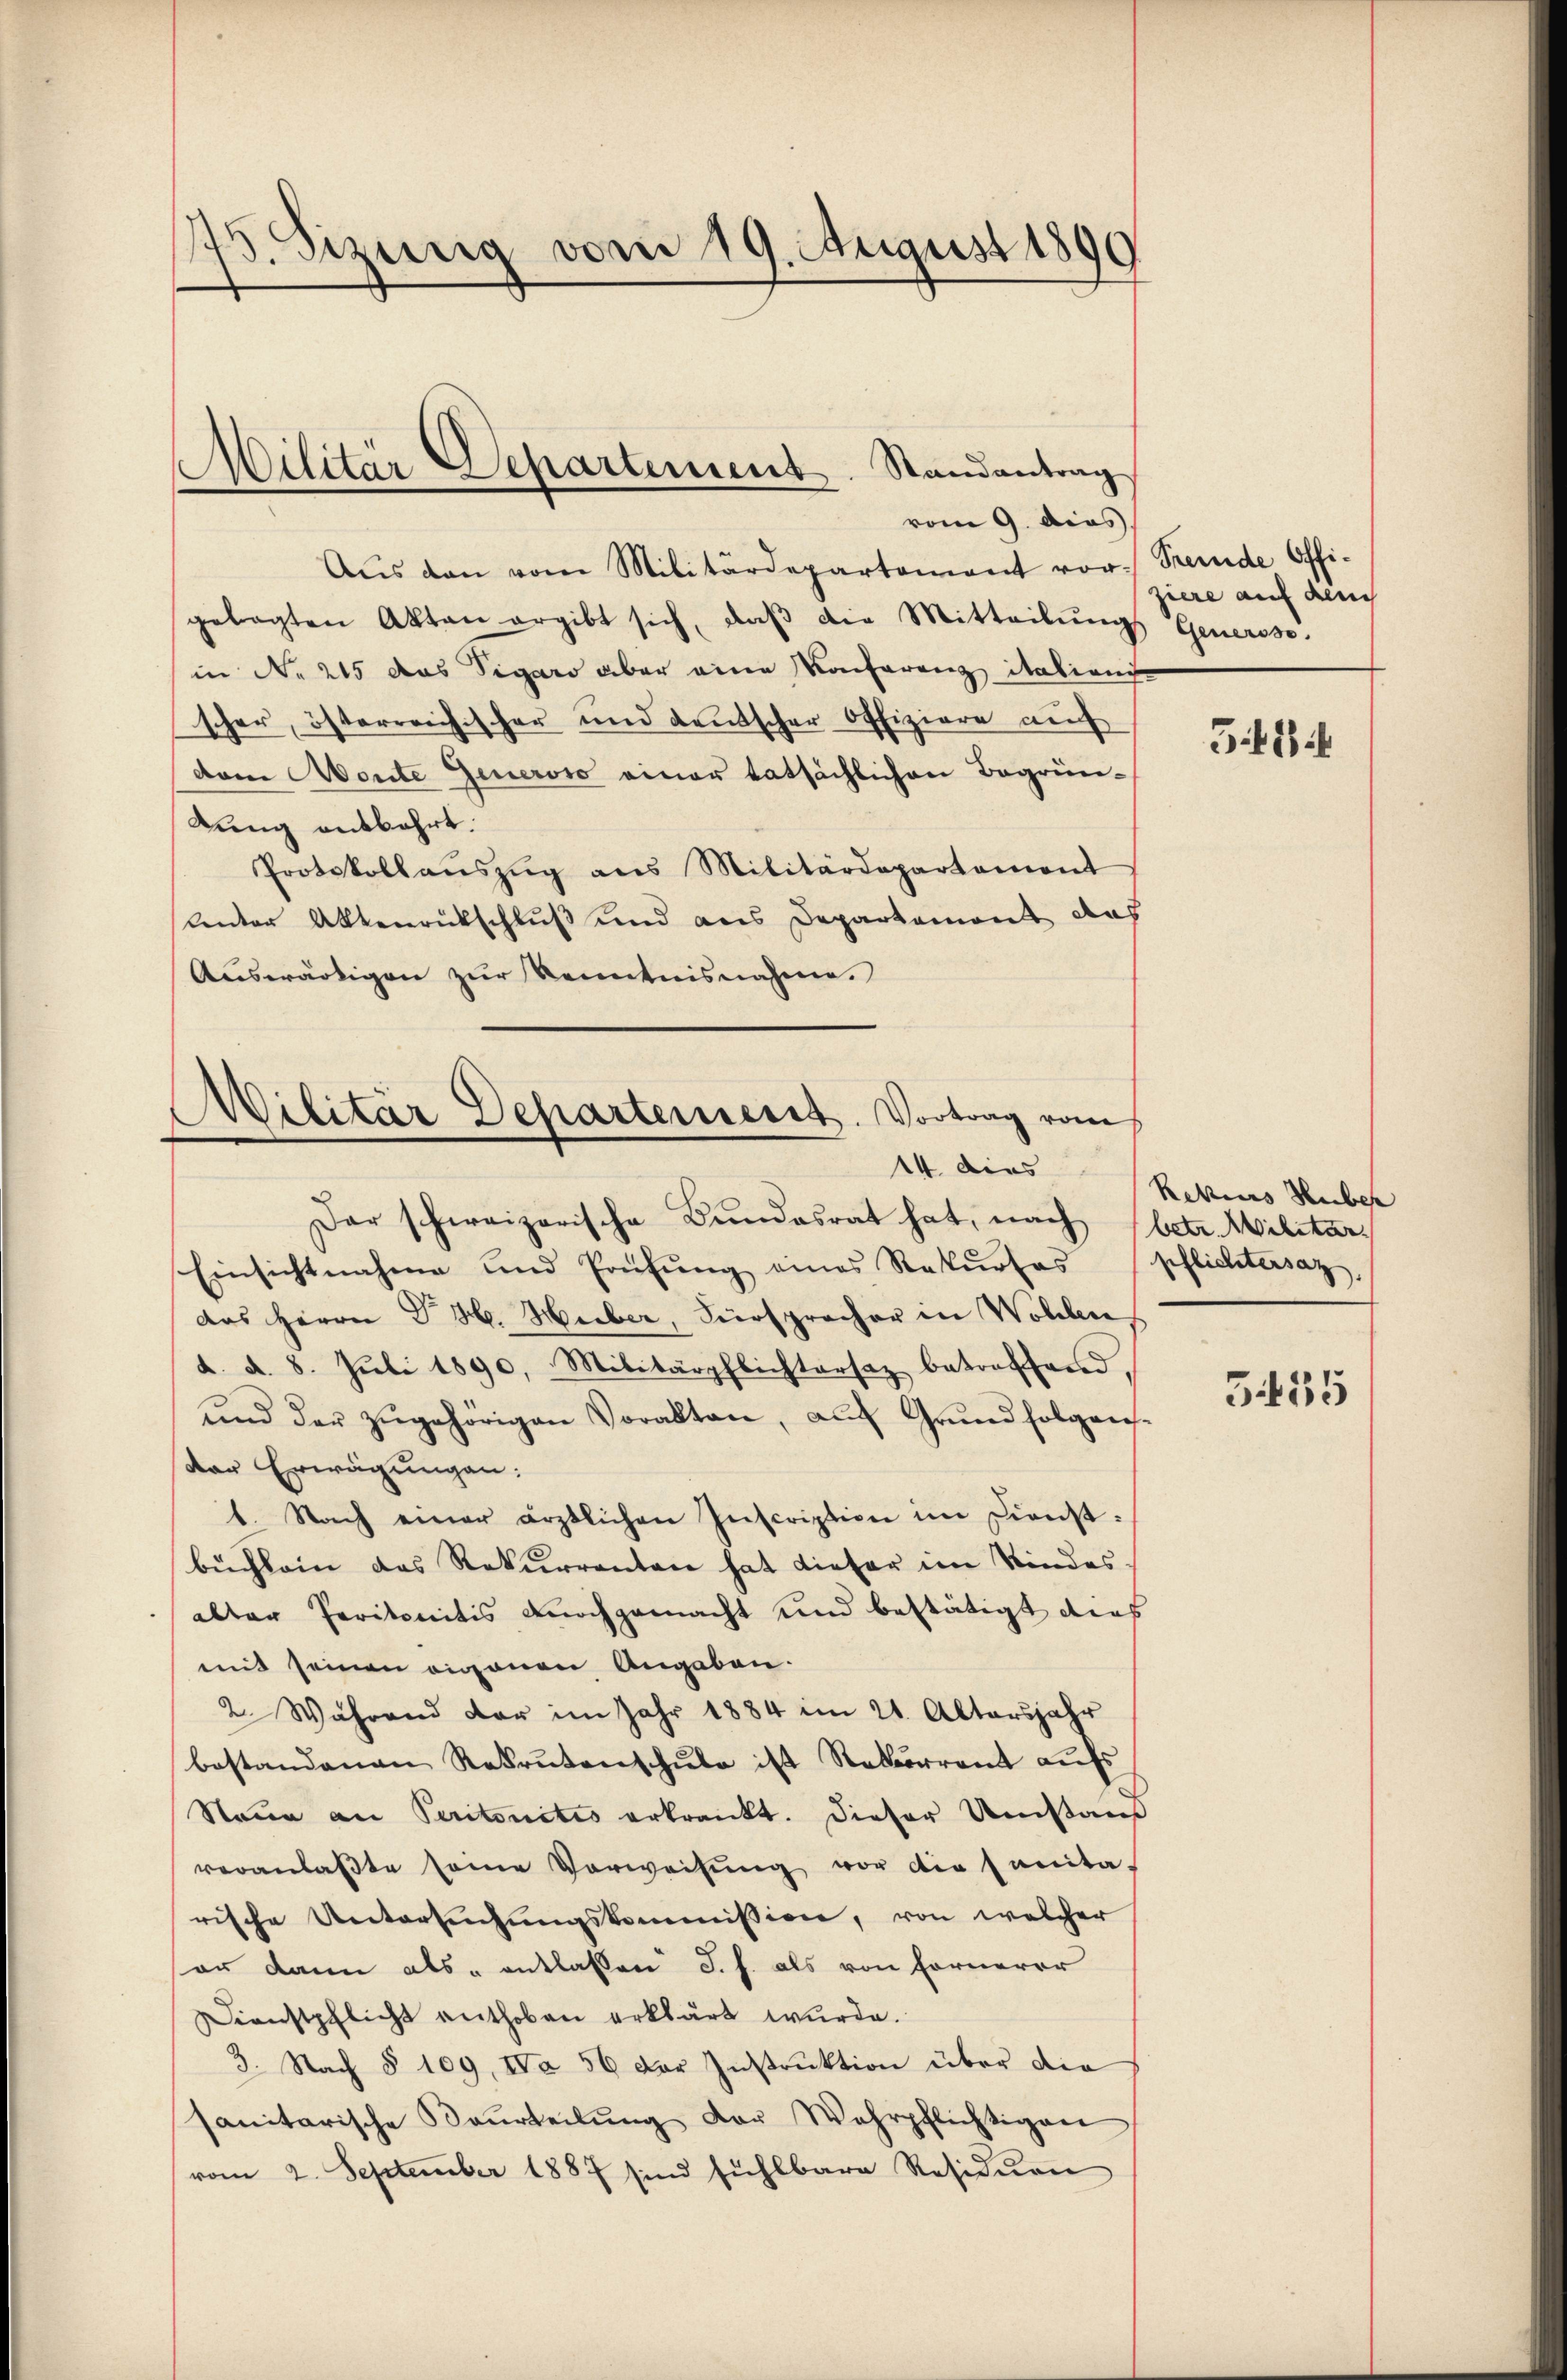
175. Sizung vom 19. August 1890

vom 9. dies
Aŭs den vom Militärdepartement vor-
gelegten Akten ergibt sich, daβ die Mitteilŭngs Genersse.
in No 215 das Sigaro aber eine Konferenz italiens
scher, österreichischer und deutscher Offiziere auf
dem Aeute Generoso einer tatsächlichen Begrün-
lung entbehrt.
Protokollaŭszŭg ans Militärdepartement
Kanton Aktenrückschluß und aus Departament das
Auswärtigen zur Kenntnisnahme.
Dar schweizerische Bundesrat hat, nach
Einsichtnahme und Prüfŭng eines Rekŭrsas
das Herrn Dr. H. Huber, Fürsprecher in Wolden
d. d. 8. Juli 1890, Militärpflichtersaz betreffend,
ŭnd der zŭgehörigen Vorakten, aŭf Grŭnd folgens-
der Erwägungen:
1. Nach einer ärztlichen Inscription im Dienstbüchlein das Rekurrenten hat dieser im Kindesalter Peritonitis durchgemacht und bestätigt dies
mit seinen eigenen Angaben.
2. Während der im Jahr 1884 im 21. Altersjahr
bestandenen Rekrutenschŭle ist Rekurrent aŭfs
Stana an Peritonitis erkrankt. Dieser Umstauf
veranlaβte seine Vorweisŭng vor die sanita-
rische Untersuchungskommission, von welcher
er dann als entlassen J. J. als von Fernerer
Dienstpflicht enthoben erklärt wurde.
3. Nach § 109, VVa 56 der Instruktion über die
sanitarische Saurteilŭng der Wehrpflichtigen
vom 2. September 1887 sind fühlbare Residuen

Militär Separtement. Randantrag

Militar Departement. Vortrag vom
14. dies

Fremde Offiziere auf den

574

Rekurs Huber
betr. Militar
pflichtersaz.

5135